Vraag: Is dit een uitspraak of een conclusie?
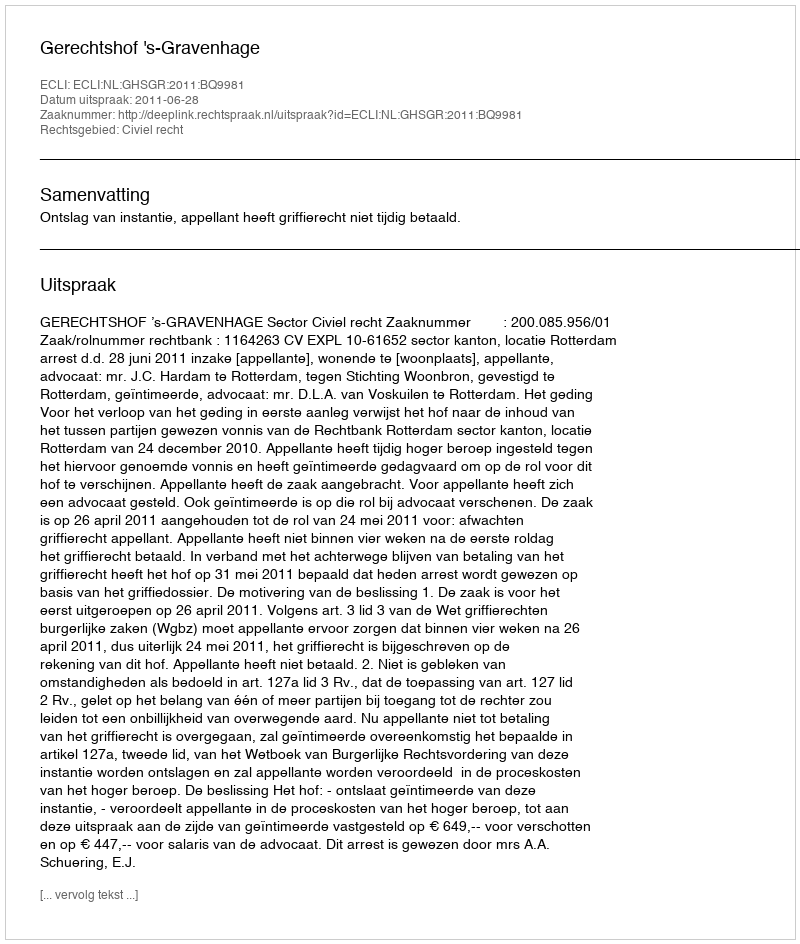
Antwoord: Uitspraak